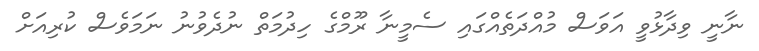
ނާނީ ވިދާޅުވީ އަވަސް މުއްދަތެއްގައި ސެމީނާ ރޫމްގެ ހިދުމަތް ނުދެވުނު ނަމަވެސް ކުރިއަށް